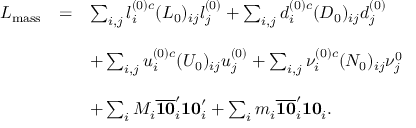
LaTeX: \begin{array} { c c l } { { { \cal L } _ { \mathrm { m a s s } } } } & { { = } } & { { \sum _ { i , j } l _ { i } ^ { ( 0 ) c } ( L _ { 0 } ) _ { i j } l _ { j } ^ { ( 0 ) } + \sum _ { i , j } d _ { i } ^ { ( 0 ) c } ( D _ { 0 } ) _ { i j } d _ { j } ^ { ( 0 ) } } } \\ { { } } & { { } } & { { } } \\ { { } } & { { } } & { { + \sum _ { i , j } u _ { i } ^ { ( 0 ) c } ( U _ { 0 } ) _ { i j } u _ { j } ^ { ( 0 ) } + \sum _ { i , j } { \nu } _ { i } ^ { ( 0 ) c } ( N _ { 0 } ) _ { i j } { \nu } _ { j } ^ { 0 } } } \\ { { } } & { { } } & { { } } \\ { { } } & { { } } & { { + \sum _ { i } M _ { i } \overline { { { { \bf 1 0 } } } } _ { i } ^ { \prime } { \bf 1 0 } _ { i } ^ { \prime } + \sum _ { i } m _ { i } \overline { { { { \bf 1 0 } } } } _ { i } ^ { \prime } { \bf 1 0 } _ { i } . } } \end{array}